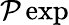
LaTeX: {\mathcal{P}}\exp